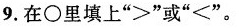
9.在\circ里填上”＞”或”<”。